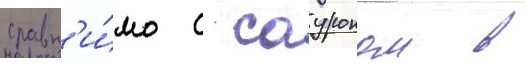
сравн'и́мо с сауроном в